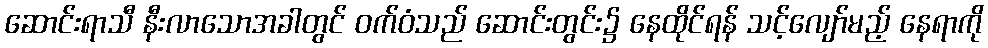
ဆောင်းရာသီ နီးလာသောအခါတွင် ဝက်ဝံသည် ဆောင်းတွင်း၌ နေထိုင်ရန် သင့်လျော်မည့် နေရာကို